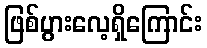
ဖြစ်ပွားလေ့ရှိကြောင်း